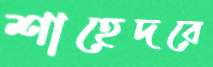
শাহেদরে